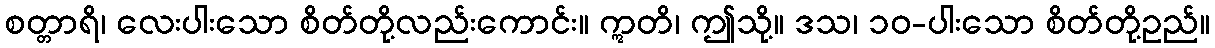
စတ္တာရိ၊ လေးပါးသော စိတ်တို့လည်းကောင်း။ ဣတိ၊ ဤသို့။ ဒသ၊ ၁၀-ပါးသော စိတ်တို့ဥည်။